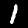
Digit: 1